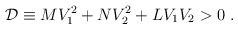
\begin{align*}{\cal D} \equiv MV _1^2+ N V _2^2+ L V _1 V _2>0 \ .\end{align*}